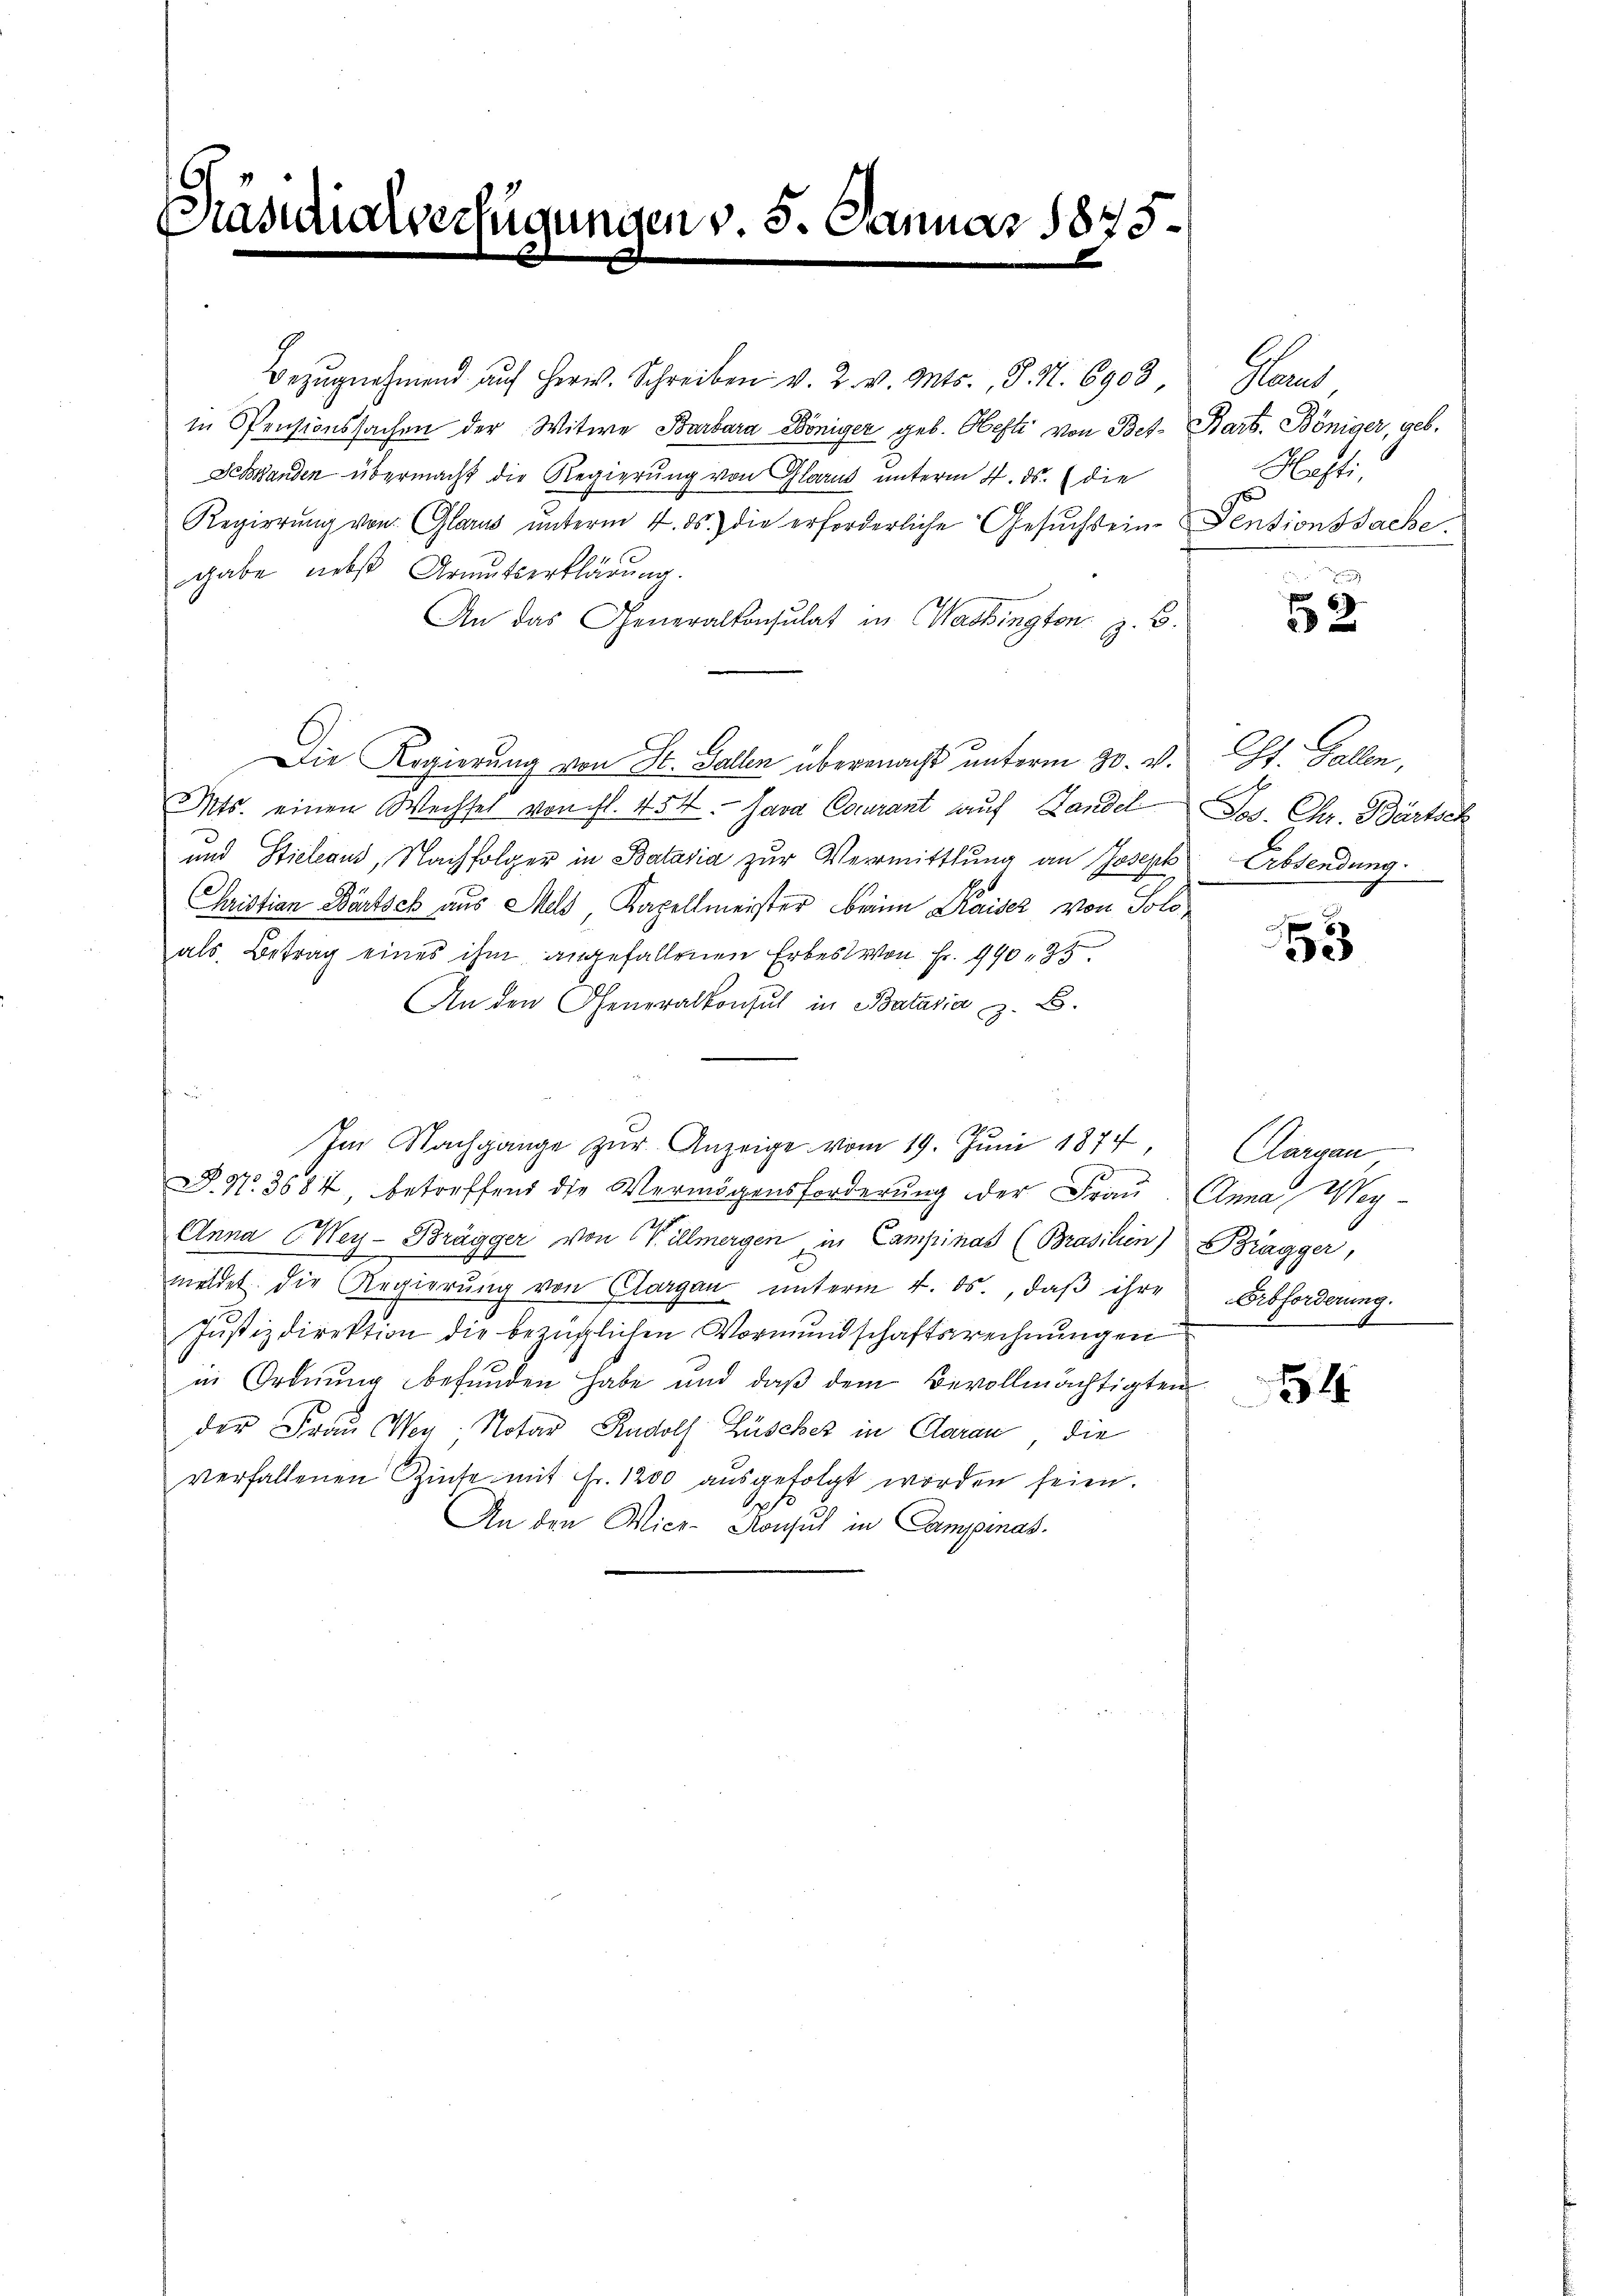
Prasilialverfügungen v. 5. Januar 1875.

Bezŭgnehmend aŭf her. Schreiben v. 2. v. Mts., S. N. 6908,
in Pensionssachen der Witwe Barbara Königer geb. Hefti von Bet- Barb. Böniger, geb.
Gestanden übermacht die Regierung von Glarus unterm 4. ds. die
Regierŭng von Glarus unterm 4. ds. die erforderliche Gesŭchseine Pensionssache.
gabe nebst Armutserklärung.
An das Generalkonsulat in Washington z. B.
Die Regierung von St. Gallen übermacht unterm 30. v. St. Gallen,
Mts. einen Wechsel von fl. 454. Sara Cocurant auf Landel Jos. Chr. Bärtsch
und Stiele aus, Nachfolger in Batasia zur Vermittlung an Joseph Erbsendung
Christian Bärtsch aus Meld, Kapellmeister Brinen Kaiser von Soloals Betrag eines ihm angefallenen Erbes von Fr. 990. 25.
An den Generalkonsul in Batasia z. B.
Im Nachgange zŭr Anzeige vom 19. Jŭni 1874,
P. Nr. 3684 betreffend die Vermögensforderung der Frau Anna Wey¬
Anna Wey- Brägger von Villmergen, in Campinas (Brasilien) Brägger,
meldet die Regierŭng von Clargau unterm 4. ds., daβ ihre Erbforderung.
a
Justizdirektion die bezüglichen Vormundschaftsrechnungen
in Ordnung befunden habe und daß dem Bevollmächtigten
der Frau Weg Notar Rudolf Lüscher in Claran die
verfallenen Zinte mit Fr. 1200 aŭsgefolgt worden seien.
An den Vice-Konsul in Campinas.

Pa
Nefte

52

53

Aargau

54